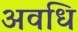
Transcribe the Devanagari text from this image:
अवधि